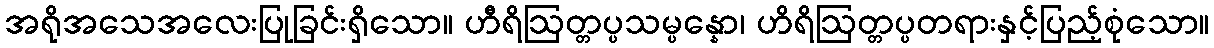
အရိုအသေအလေးပြုခြင်းရှိသော။ ဟီရိဩတ္တပ္ပသမ္ပန္နော၊ ဟိရိဩတ္တပ္ပတရားနှင့်ပြည့်စုံသော။